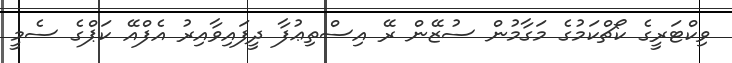
ވިކްޓަރީގެ ކޯޗްކަމުގެ މަގާމުން ސުޒޭން ރޭ އިސްތިޢުފާ ދީފައިވާއިރު އެފްއޭ ކަޕްގެ ސެމީ